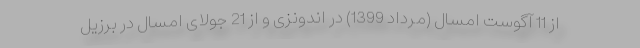
از 11 آگوست امسال (مرداد 1399) در اندونزی و از 21 جولای امسال در برزیل